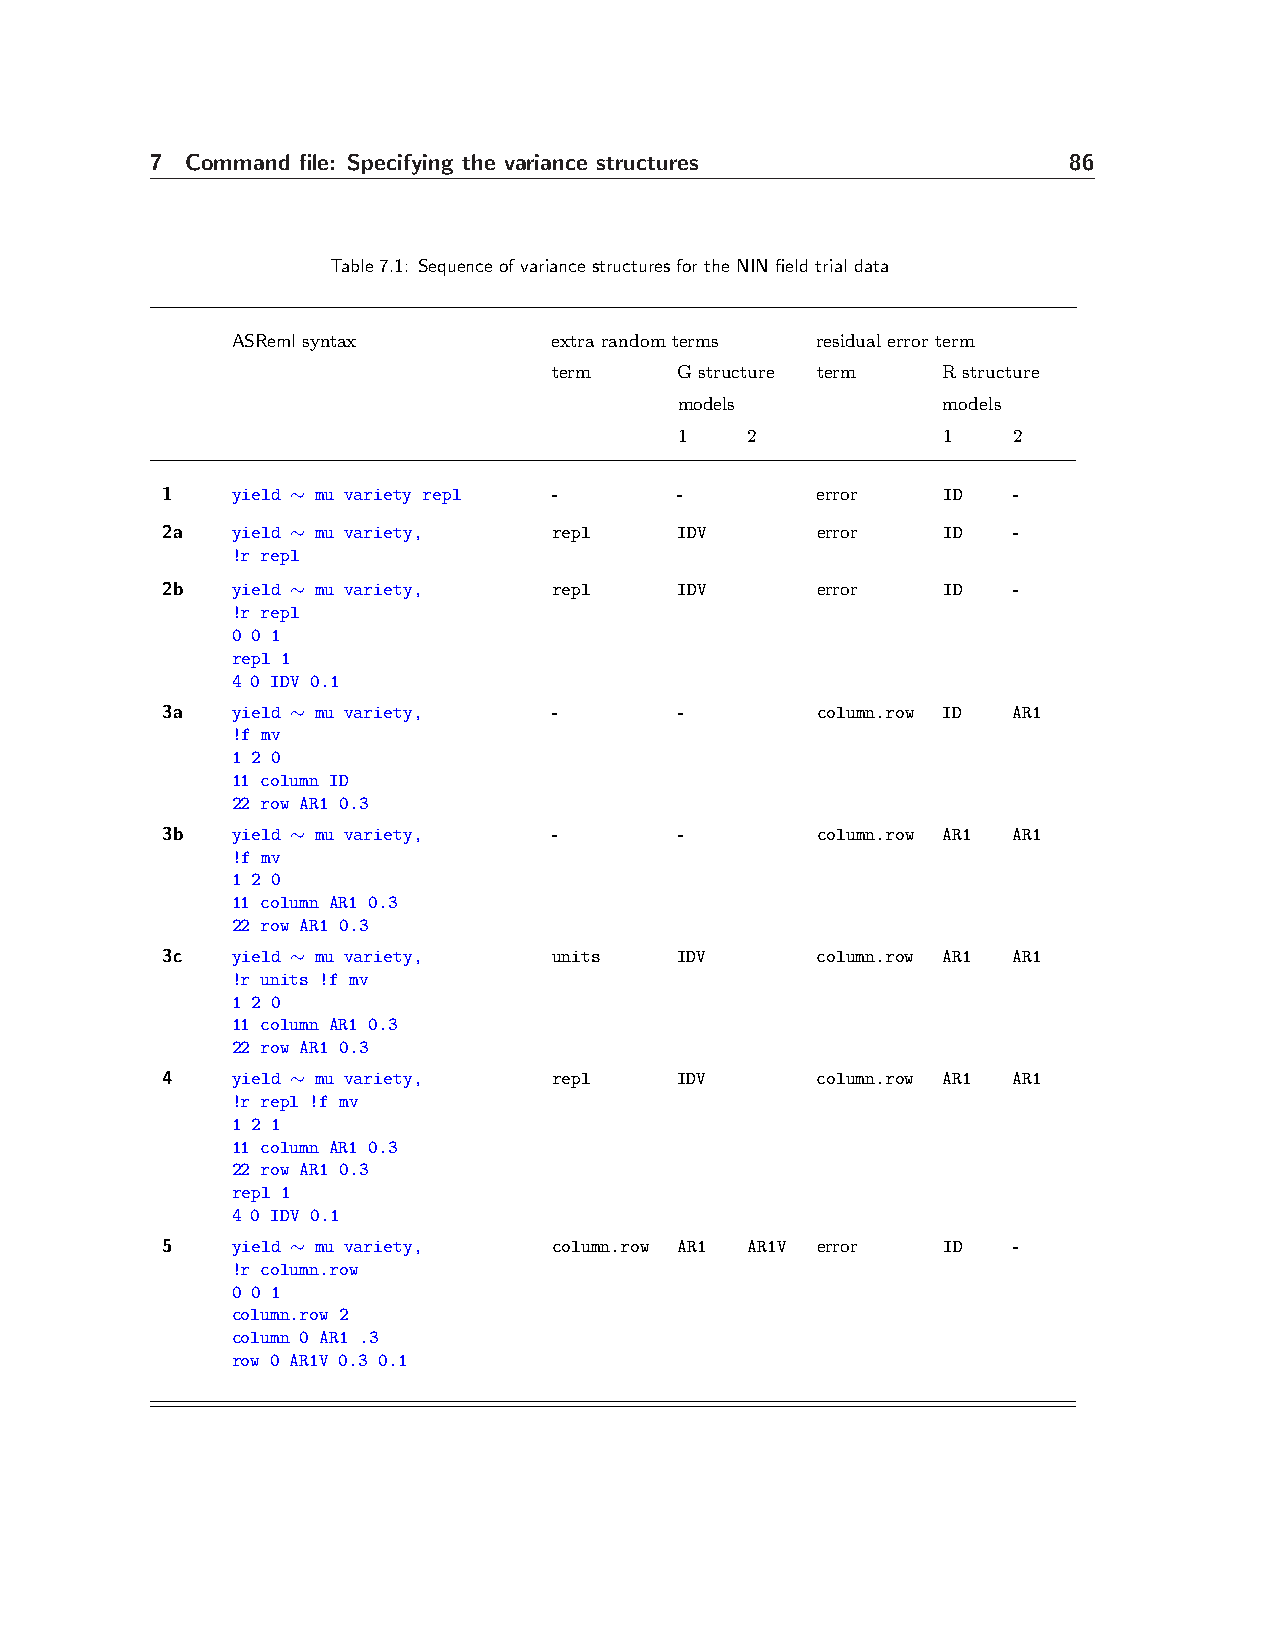
7 Command file: Specifying the variance structures           86
 Table 7.1: Sequence of variance structures for the NIN field trial data
 ASReml syntax         extra random terms residual error term
 term    G structure term R structure
 models           models
 1   2            1    2
 1   yield ∼ mu variety repl -     -        error   ID   -
 2a  yield ∼ mu variety,   repl    IDV      error   ID   -
 !r repl
 2b  yield ∼ mu variety,   repl    IDV      error   ID   -
 !r repl
 0 0 1
 repl 1
 4 0 IDV 0.1
 3a  yield ∼ mu variety,   -       -        column.row ID AR1
 !f mv
 1 2 0
 11 column ID
 22 row AR1 0.3
 3b  yield ∼ mu variety,   -       -        column.row AR1 AR1
 !f mv
 1 2 0
 11 column AR1 0.3
 22 row AR1 0.3
 3c  yield ∼ mu variety,   units   IDV      column.row AR1 AR1
 !r units !f mv
 1 2 0
 11 column AR1 0.3
 22 row AR1 0.3
 4   yield ∼ mu variety,   repl    IDV      column.row AR1 AR1
 !r repl !f mv
 1 2 1
 11 column AR1 0.3
 22 row AR1 0.3
 repl 1
 4 0 IDV 0.1
 5   yield ∼ mu variety,   column.row AR1 AR1V error ID  -
 !r column.row
 0 0 1
 column.row 2
 column 0 AR1 .3
 row 0 AR1V 0.3 0.1